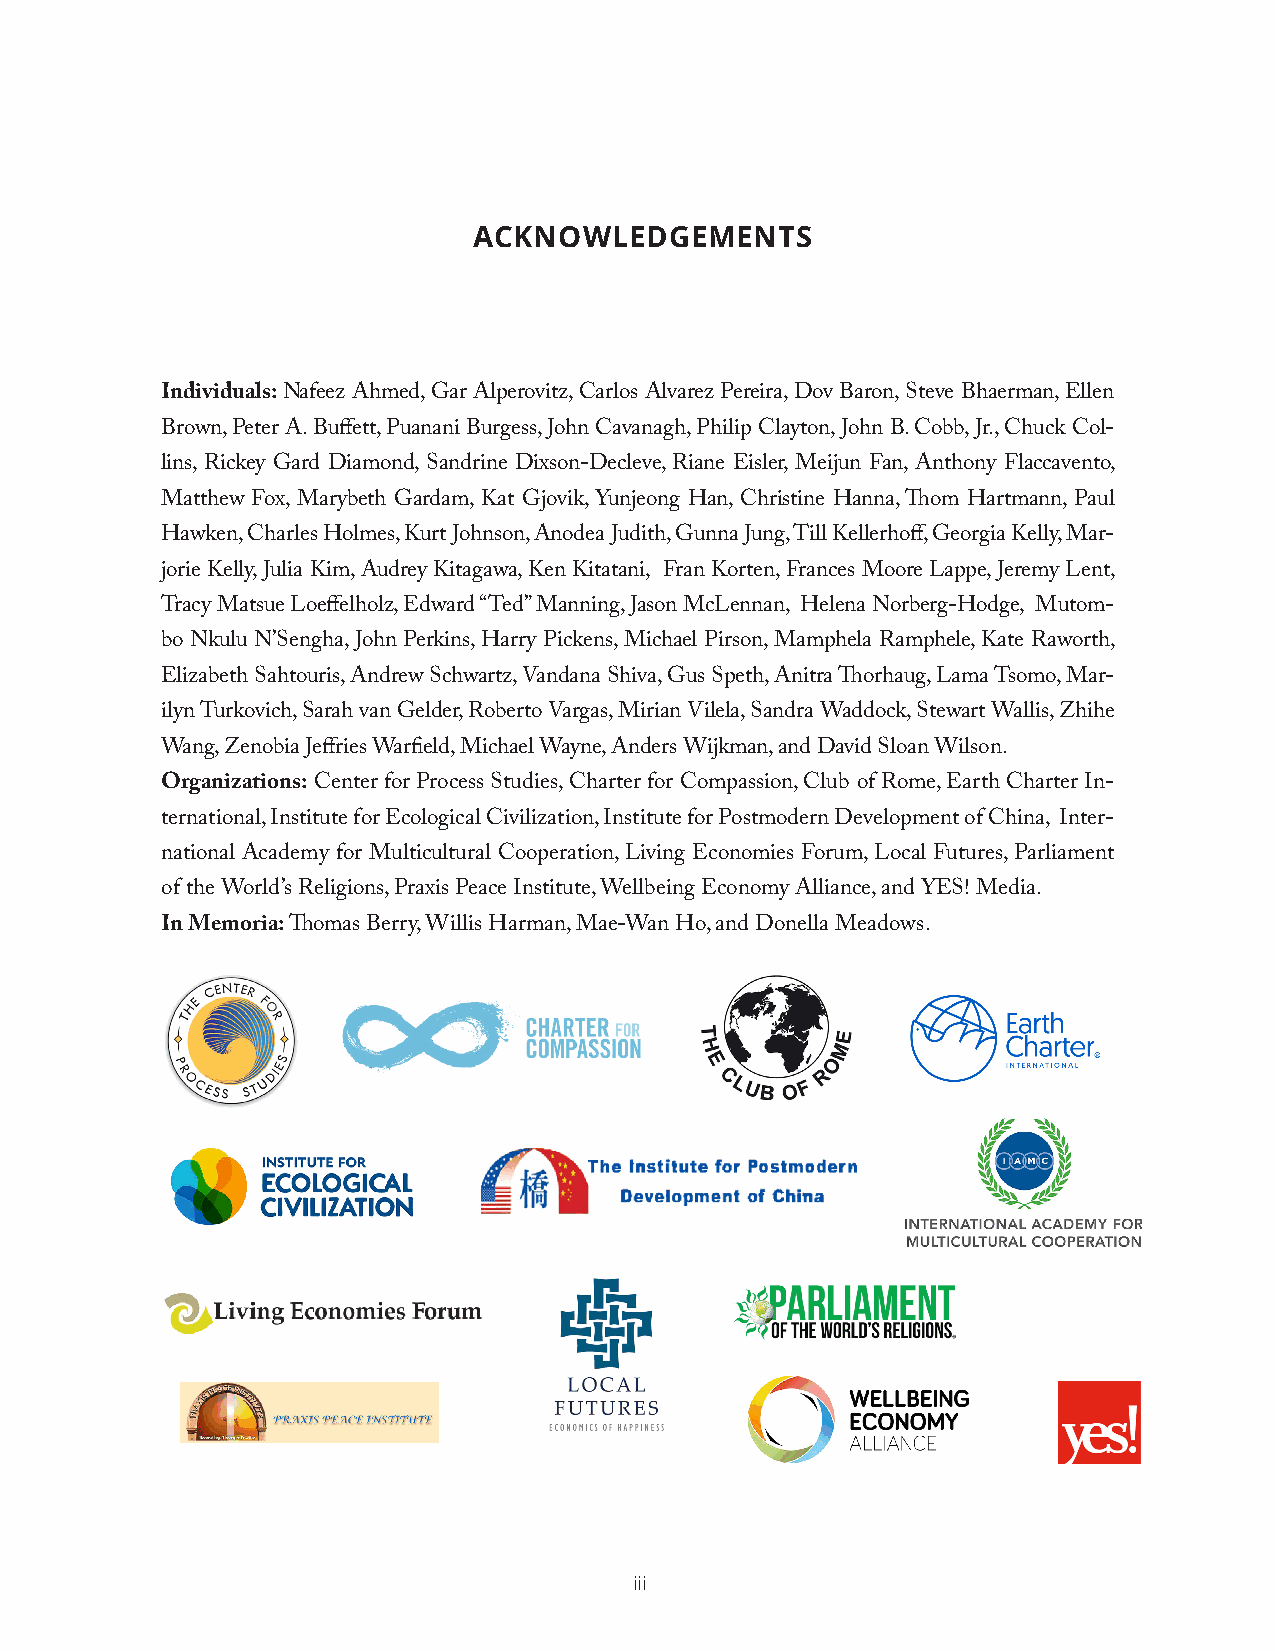
ACKNOWLEDGEMENTS
 Individuals: Nafeez Ahmed, Gar Alperovitz, Carlos Alvarez Pereira, Dov Baron, Steve Bhaerman, Ellen
 Brown, Peter A. Buffett, Puanani Burgess, John Cavanagh, Philip Clayton, John B. Cobb, Jr., Chuck Col-
 lins, Rickey Gard Diamond, Sandrine Dixson-Decleve, Riane Eisler, Meijun Fan, Anthony Flaccavento,
 Matthew Fox, Marybeth Gardam, Kat Gjovik, Yunjeong Han, Christine Hanna, Thom Hartmann, Paul
 Hawken, Charles Holmes, Kurt Johnson, Anodea Judith, Gunna Jung, Till Kellerhoff, Georgia Kelly, Mar-
 jorie Kelly, Julia Kim, Audrey Kitagawa, Ken Kitatani, Fran Korten, Frances Moore Lappe, Jeremy Lent,
 Tracy Matsue Loeffelholz, Edward “Ted” Manning, Jason McLennan, Helena Norberg-Hodge, Mutom-
 bo Nkulu N’Sengha, John Perkins, Harry Pickens, Michael Pirson, Mamphela Ramphele, Kate Raworth,
 Elizabeth Sahtouris, Andrew Schwartz, Vandana Shiva, Gus Speth, Anitra Thorhaug, Lama Tsomo, Mar-
 ilyn Turkovich, Sarah van Gelder, Roberto Vargas, Mirian Vilela, Sandra Waddock, Stewart Wallis, Zhihe
 Wang, Zenobia Jeffries Warfield, Michael Wayne, Anders Wijkman, and David Sloan Wilson.
 Organizations: Center for Process Studies, Charter for Compassion, Club of Rome, Earth Charter In-
 ternational, Institute for Ecological Civilization, Institute for Postmodern Development of China, Inter-
 national Academy for Multicultural Cooperation, Living Economies Forum, Local Futures, Parliament
 of the World’s Religions, Praxis Peace Institute, Wellbeing Economy Alliance, and YES! Media.
 In Memoria: Thomas Berry, Willis Harman, Mae-Wan Ho, and Donella Meadows.
 iii